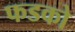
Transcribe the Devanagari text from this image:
फडको